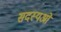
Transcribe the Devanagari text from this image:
सदस्यओ